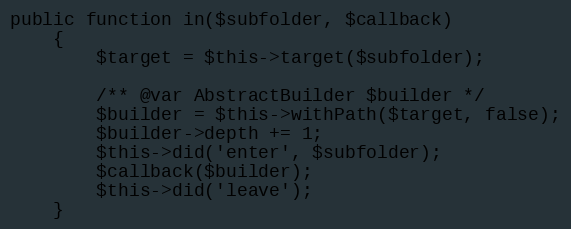
Language: PHP
public function in($subfolder, $callback)
    {
        $target = $this->target($subfolder);

        /** @var AbstractBuilder $builder */
        $builder = $this->withPath($target, false);
        $builder->depth += 1;
        $this->did('enter', $subfolder);
        $callback($builder);
        $this->did('leave');
    }